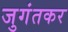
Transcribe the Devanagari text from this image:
जुगंतकर